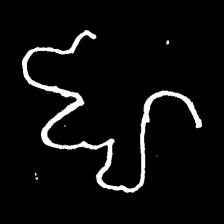
Pyu character \u2014 Myanmar letter: ဈ (romanized: jha)